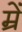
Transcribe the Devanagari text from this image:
म्रें